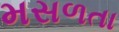
મસળતા